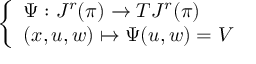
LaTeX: \left\{ \begin{array} { l l } { \Psi : J ^ { r } ( \pi ) \to T J ^ { r } ( \pi ) } \\ { ( x , u , w ) \mapsto \Psi ( u , w ) = V } \end{array} \right.